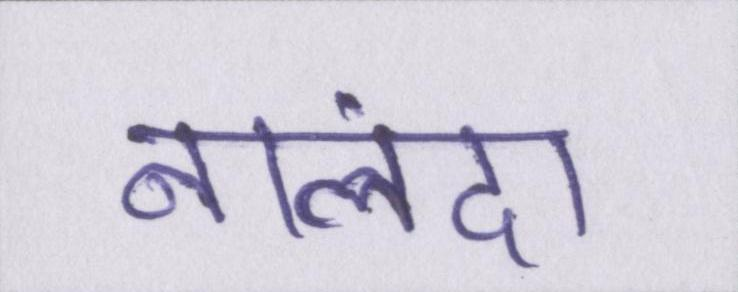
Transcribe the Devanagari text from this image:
नालंदा